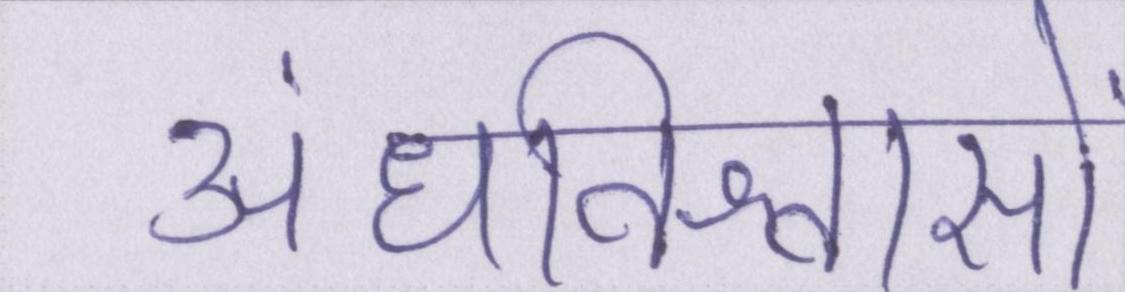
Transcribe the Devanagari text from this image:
अंधविश्वासों